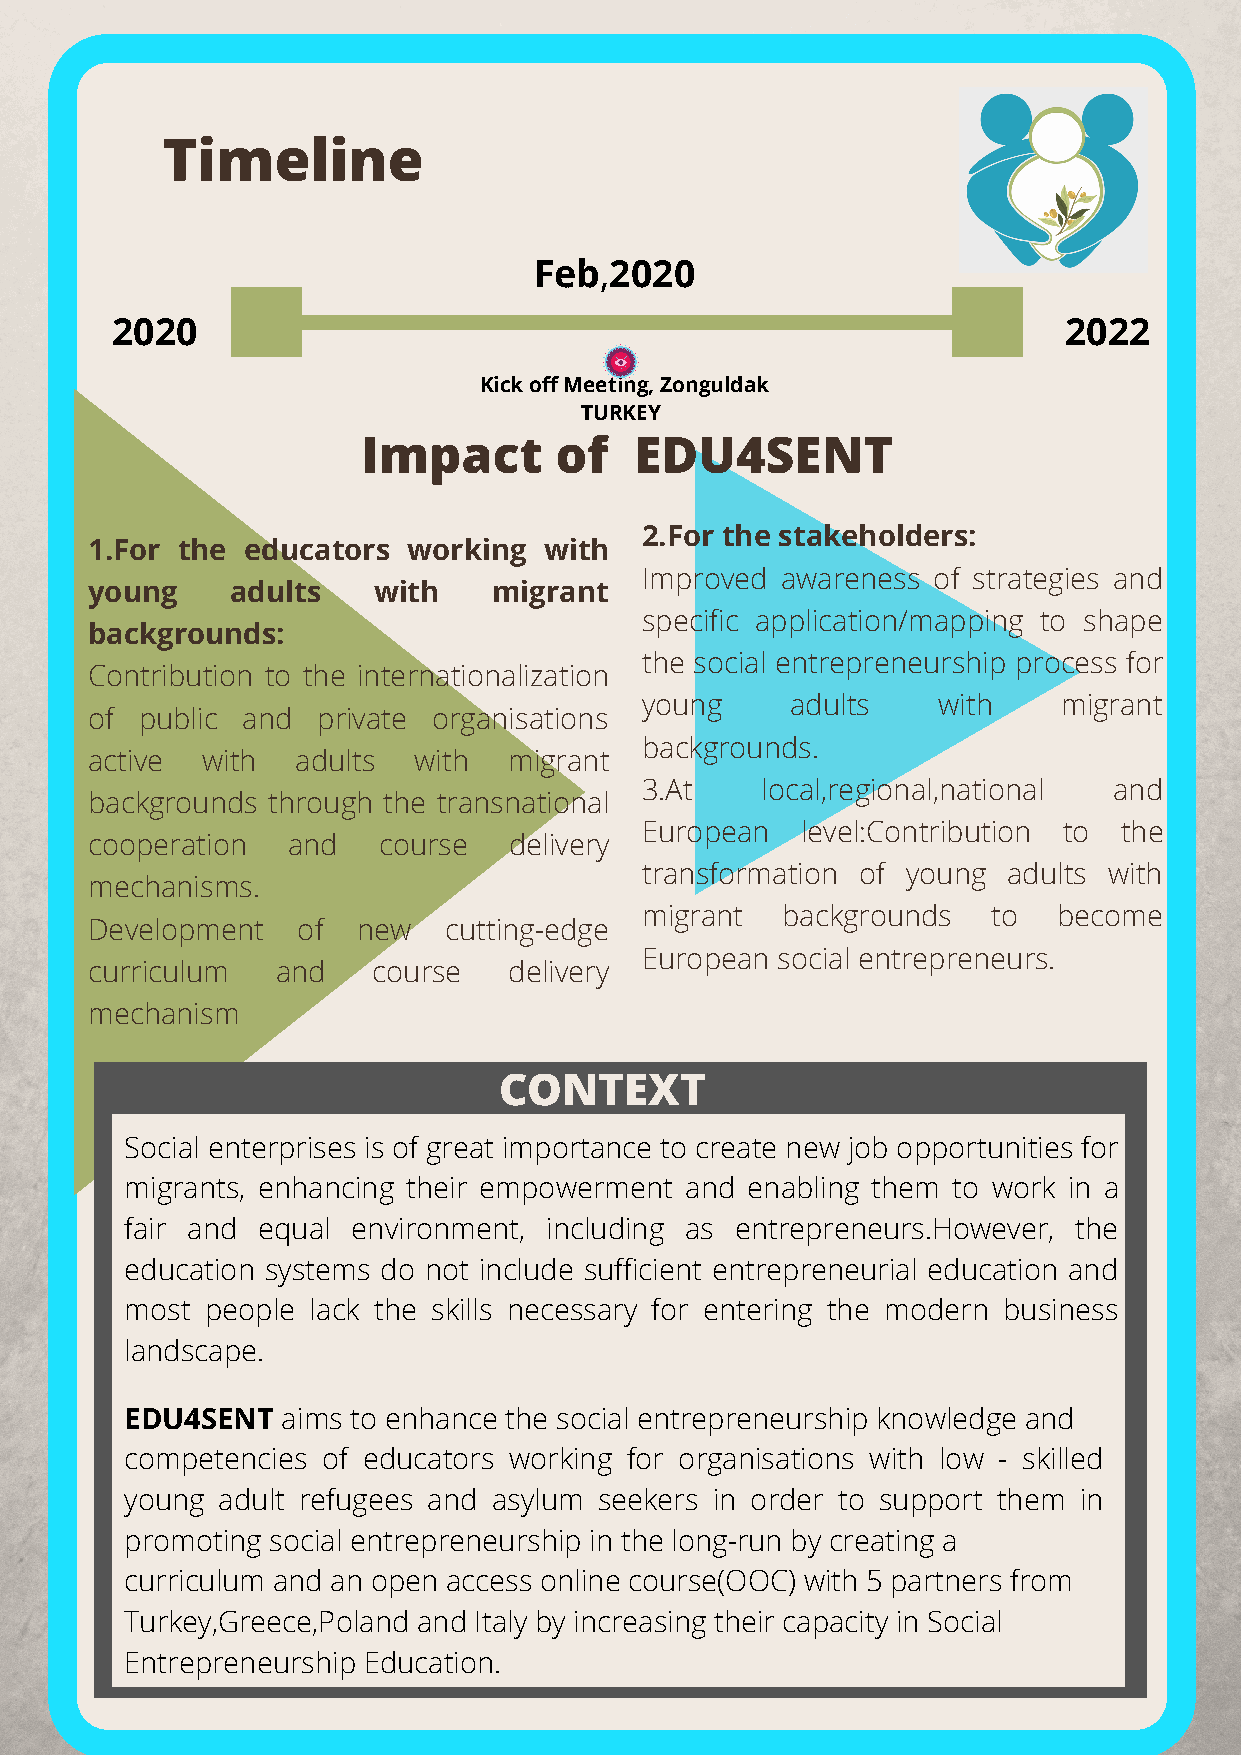
Timeline
 Feb,2020
 2020                                                           2022
 Kick off Meeting, Zonguldak
 TURKEY
 Impact       of   EDU4SENT
 2.For the stakeholders:
 1.For the educators  working  with
 Improved  awareness of strategies and
 young    adults    with    migrant
 specific application/mapping to shape
 backgrounds:
 the social entrepreneurship process for
 Contribution to the internationalization
 young     adults    with    migrant
 of public and  private organisations
 backgrounds.
 active with   adults with   migrant
 3.At    local,regional,national and
 backgrounds through the transnational
 European   level:Contribution to the
 cooperation  and   course   delivery
 transformation of young  adults with
 mechanisms.
 migrant   backgrounds   to  become
 Development   of  new  cutting-edge
 European social entrepreneurs.
 curriculum  and    course   delivery
 mechanism
 CONTEXT
 Social enterprises is of great importance to create new job opportunities for
 migrants, enhancing their empowerment and enabling them to work in a
 fair and equal environment, including as entrepreneurs.However, the
 education systems do not include sufficient entrepreneurial education and
 most  people lack the skills necessary for entering the modern business
 landscape.
 EDU4SENT   aims to enhance the social entrepreneurship knowledge and
 competencies of educators working for organisations with low - skilled
 young adult refugees and asylum seekers in order to support them in
 promoting social entrepreneurship in the long-run by creating a
 curriculum and an open access online course(OOC) with 5 partners from
 Turkey,Greece,Poland and Italy by increasing their capacity in Social
 Entrepreneurship Education.